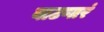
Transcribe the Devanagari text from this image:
वाटणारं